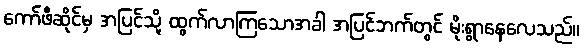
ကော်ဖီဆိုင်မှ အပြင်သို့ ထွက်လာကြသောအခါ အပြင်ဘက်တွင် မိုးရွာနေလေသည်။